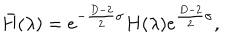
\bar { H } ( \lambda ) = e ^ { - { \frac { D - 2 } { 2 } } \sigma } H ( \lambda ) e ^ { { \frac { D - 2 } { 2 } } \sigma } ,